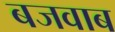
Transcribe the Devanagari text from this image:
बजवाब